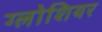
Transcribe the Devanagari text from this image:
ग्लोशियर